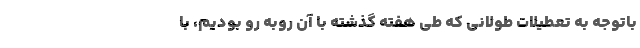
باتوجه به تعطیلات طولانی که طی هفته گذشته با آن روبه رو بودیم، با